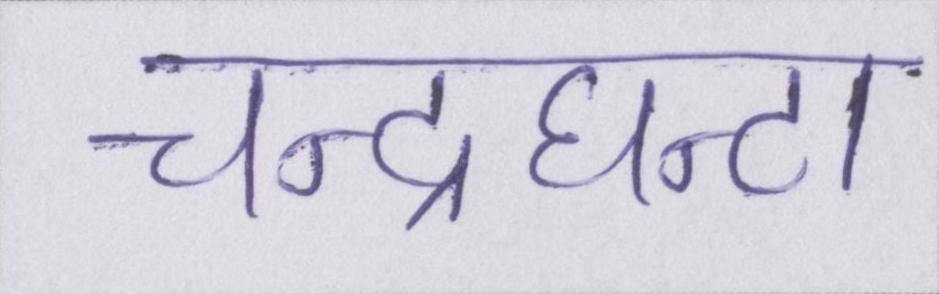
चन्द्रघन्टा